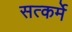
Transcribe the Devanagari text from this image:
सत्कर्मे